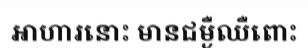
អាហារនោះ មានជម្ងឺឈឺពោះ